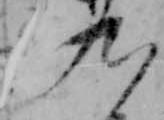
九